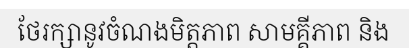
ថែរក្សានូវចំណងមិត្តភាព សាមគ្គីភាព និង